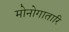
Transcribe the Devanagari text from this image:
मोनोगातारि